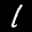
Label: 1